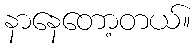
နာနေတော့တယ်။